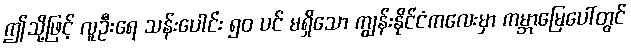
ဤသို့ဖြင့် လူဦးရေ သန်းပေါင်း ၅၀ ပင် မရှိသော ကျွန်းနိုင်ငံကလေးမှာ ကမ္ဘာမြေပေါ်တွင်